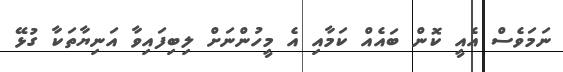
ނަމަވެސް އެއީ ކޮން ބައެއް ކަމާއި އެ މީހުންނަށް ލިބިފައިވާ އަނިޔާތަކާ ގުޅޭ